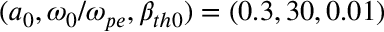
( a _ { 0 } , \omega _ { 0 } / \omega _ { p e } , \beta _ { t h 0 } ) = ( 0 . 3 , 3 0 , 0 . 0 1 )